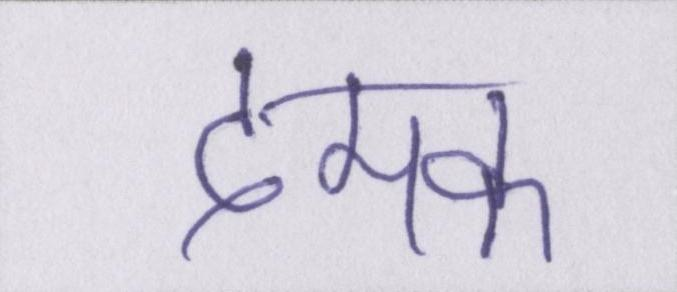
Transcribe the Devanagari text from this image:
दमक